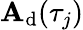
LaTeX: \mathbf{A}_{\mathrm{{d}}}(\tau_{j})